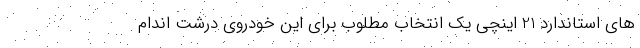
های استاندارد 21 اینچی یک انتخاب مطلوب برای این خودروی درشت اندام